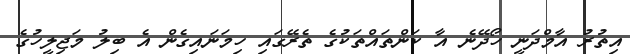
އިތުރު އާމްދަނީ ހޯދޭނެ އާ ކަންތައްތަކުގެ ތެރޭގައި ހިމަނައިގެން އެ ބިލު މަޖިލީހުގެ